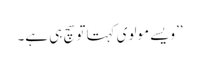
’’ویسے مولوی کہتا توسچ ہی ہے۔